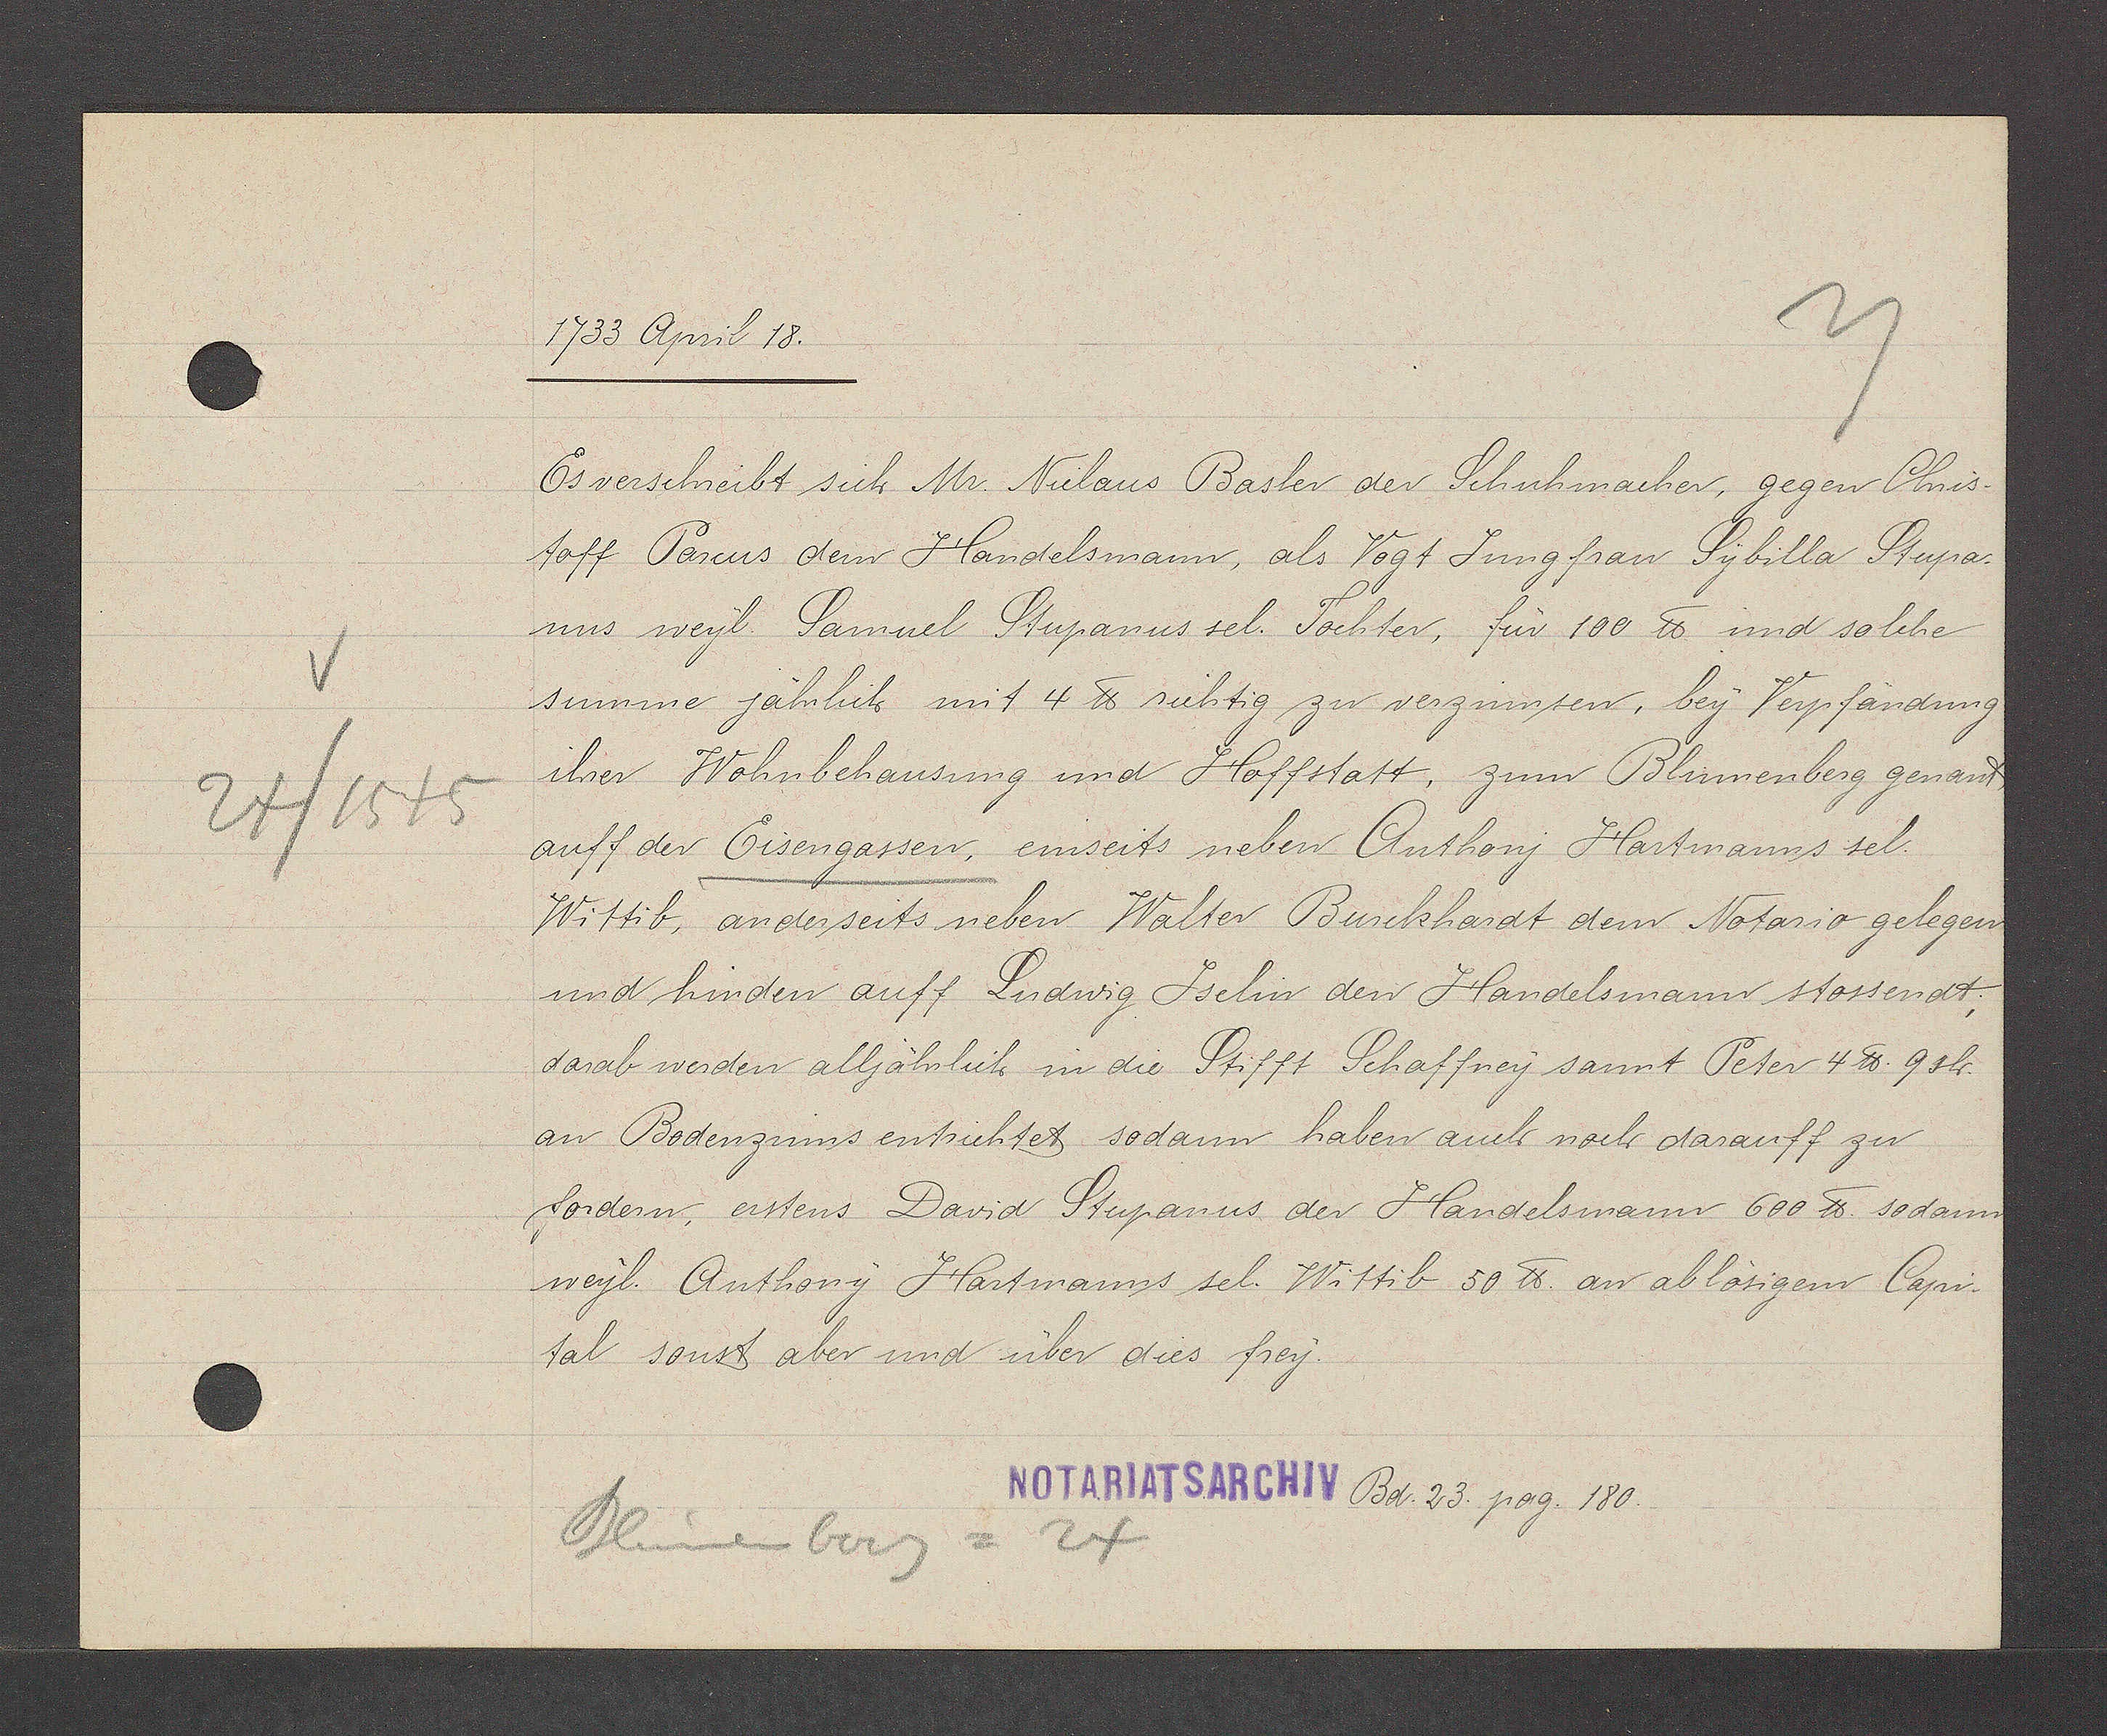
Transcript:
24/1545

1733 April 18.
Es verschreibt sich Mr. Niclaus Basler der Schuhmacher, gegen Chris¬
toff Parcus dem Handelsmann, als Vogt Jung frau Sybilla Stupa¬
nus weyl Samuel Stupanus sel. Tochter, für 100 ℔ und solche
summe jährlich mit 4 ℔ sichtig zu verzinnsen, bey Verpfändung
ihrer Wohnbehausung und Hoffstatt, zum Blumenberg genant.
auff der Eisengassen, einseits neben Anthonj Hartmanns sel.
Wittib, andesseits neben.Walter Burckhardt dem Notario gelegen
und hinden auff Ludwig Jselin den Handelsmann stossendt.
darab werden alljährlich in die Stifft Schaffney sannt Peter 4 ℔ 9 sh.
an Bodenzinns entsichtet sodann haben auch noch darauff zu
fordern erstens David Stupanus der Handelsmann 600 ℔ so dann
weyl. Anthony Hartmanns sel. Wittib 50 ℔. an ablösigem Capi-
tal sonst aber und über dies frey.
Blumenberg = 24
Bd. 23 pag. 180